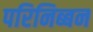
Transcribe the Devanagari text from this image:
परिनिब्बन